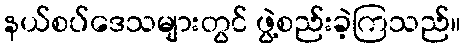
နယ်စပ်ဒေသများတွင် ဖွဲ့စည်းခဲ့ကြသည်။